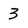
Character: 3